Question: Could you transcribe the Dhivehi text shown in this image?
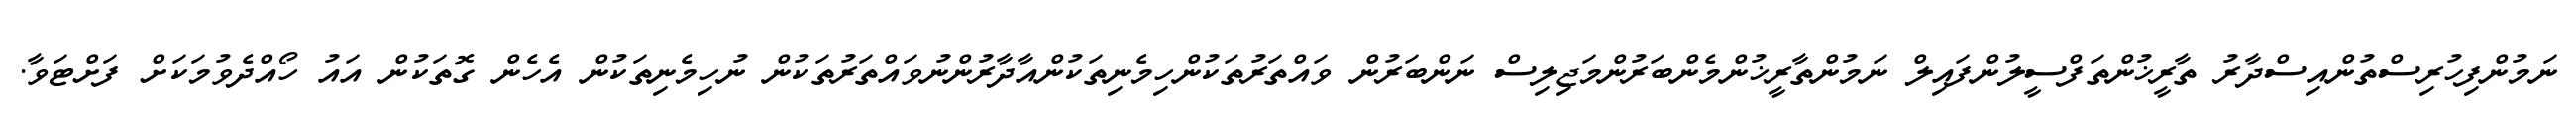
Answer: ނަމުންފިހުރިސްތުންއިސްދާރު ތާރީޚުންތަފްސީލުންފައިލް ނަމުންތާރީޚުންމެންބަރުންމަޖިލިސް ނަންބަރުން ވައްތަރުތަކުންހިމެނިތަކުންއާދާރުންނުވައްތަރުތަކުން ނުހިމެނިތަކުން އެހެން ގޮތަކުން އައު ހޯއްދެވުމަކަށް ފަށްޓަވާ.